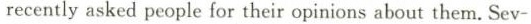
recently asked people for their opinions about them. Sev-